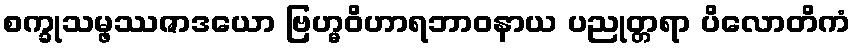
စက္ခုသမ္ဖဿဇာဒယော ဗြဟ္မဝိဟာရဘာဝနာယ ပညုတ္တရာ ပိလောတိကံ